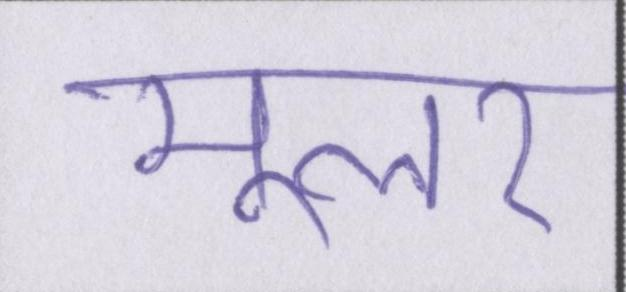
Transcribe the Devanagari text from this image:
मूलर